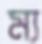
ম্য